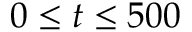
0 \le t \le 5 0 0